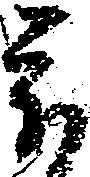
被